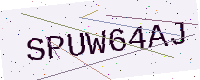
Text: SPUW64AJ